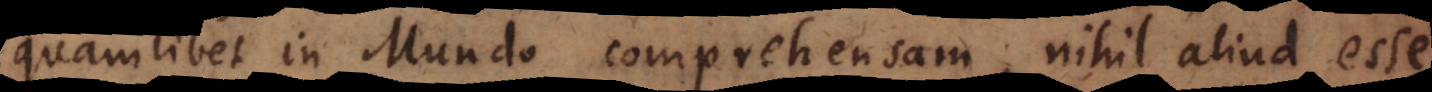
quamlibet in Mundo comprehensam, nihil aliud esse